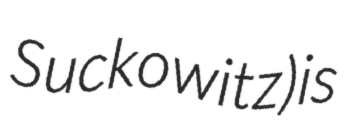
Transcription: Suckowitz) is